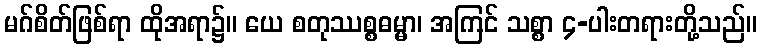
မဂ်စိတ်ဖြစ်ရာ ထိုအရာ၌။ ယေ စတုဿစ္စဓမ္မာ၊ အကြင် သစ္စာ ၄-ပါးတရားတို့သည်။